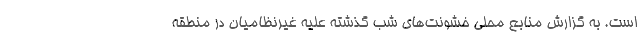
است. به گزارش منابع محلی خشونت‌های شب گذشته علیه غیرنظامیان در منطقه